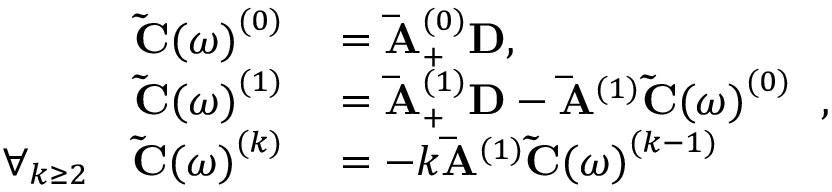
\begin{array} { r l } { \mathbf { \tilde { C } ( } \omega \mathbf { ) } ^ { ( 0 ) } } & { { } = \mathbf { \bar { A } } _ { + } ^ { ( 0 ) } \mathbf { D } , } \\ { \mathbf { \tilde { C } ( } \omega \mathbf { ) } ^ { ( 1 ) } } & { { } = \mathbf { \bar { A } } _ { + } ^ { ( 1 ) } \mathbf { D } - \mathbf { \bar { A } } ^ { ( 1 ) } \mathbf { \tilde { C } ( } \omega \mathbf { ) } ^ { ( 0 ) } \ \ , } \\ { \forall _ { k \geq 2 } \ \ \ \mathbf { \tilde { C } ( } \omega \mathbf { ) } ^ { ( k ) } } & { { } = - k \mathbf { \bar { A } } ^ { ( 1 ) } \mathbf { \tilde { C } ( } \omega \mathbf { ) } ^ { ( k - 1 ) } } \end{array}